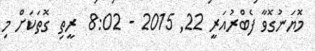
މޮޔަނުގޮވާ ފެބްރުއަރީ 22